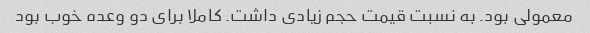
معمولی بود. به نسبت قیمت حجم زیادی داشت. کاملا برای دو وعده خوب بود